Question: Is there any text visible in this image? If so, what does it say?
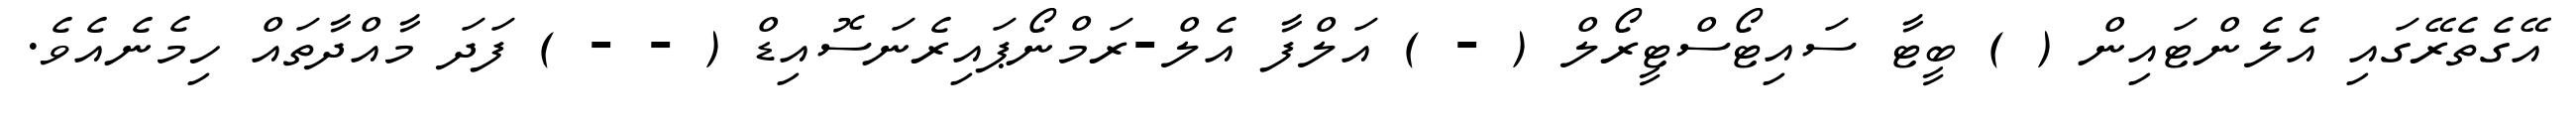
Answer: އޭގެތެރޭގައި އެލެންޓައިން ( ) ބީޓާ ސައިޓޯސްޓީރޯލް ( - ) އަލްފާ އެލް-ރަމްނޯޕައިރެނަސޮއިޑް ( - - ) ފަދަ މާއްދާތައް ހިމެނެއެވެ.